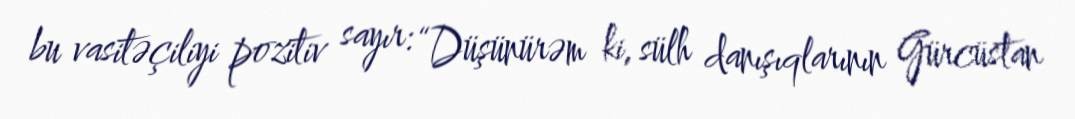
bu vasitəçiliyi pozitiv sayır: “Düşünürəm ki, sülh danışıqlarının Gürcüstan